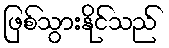
ဖြစ်သွားနိုင်သည်